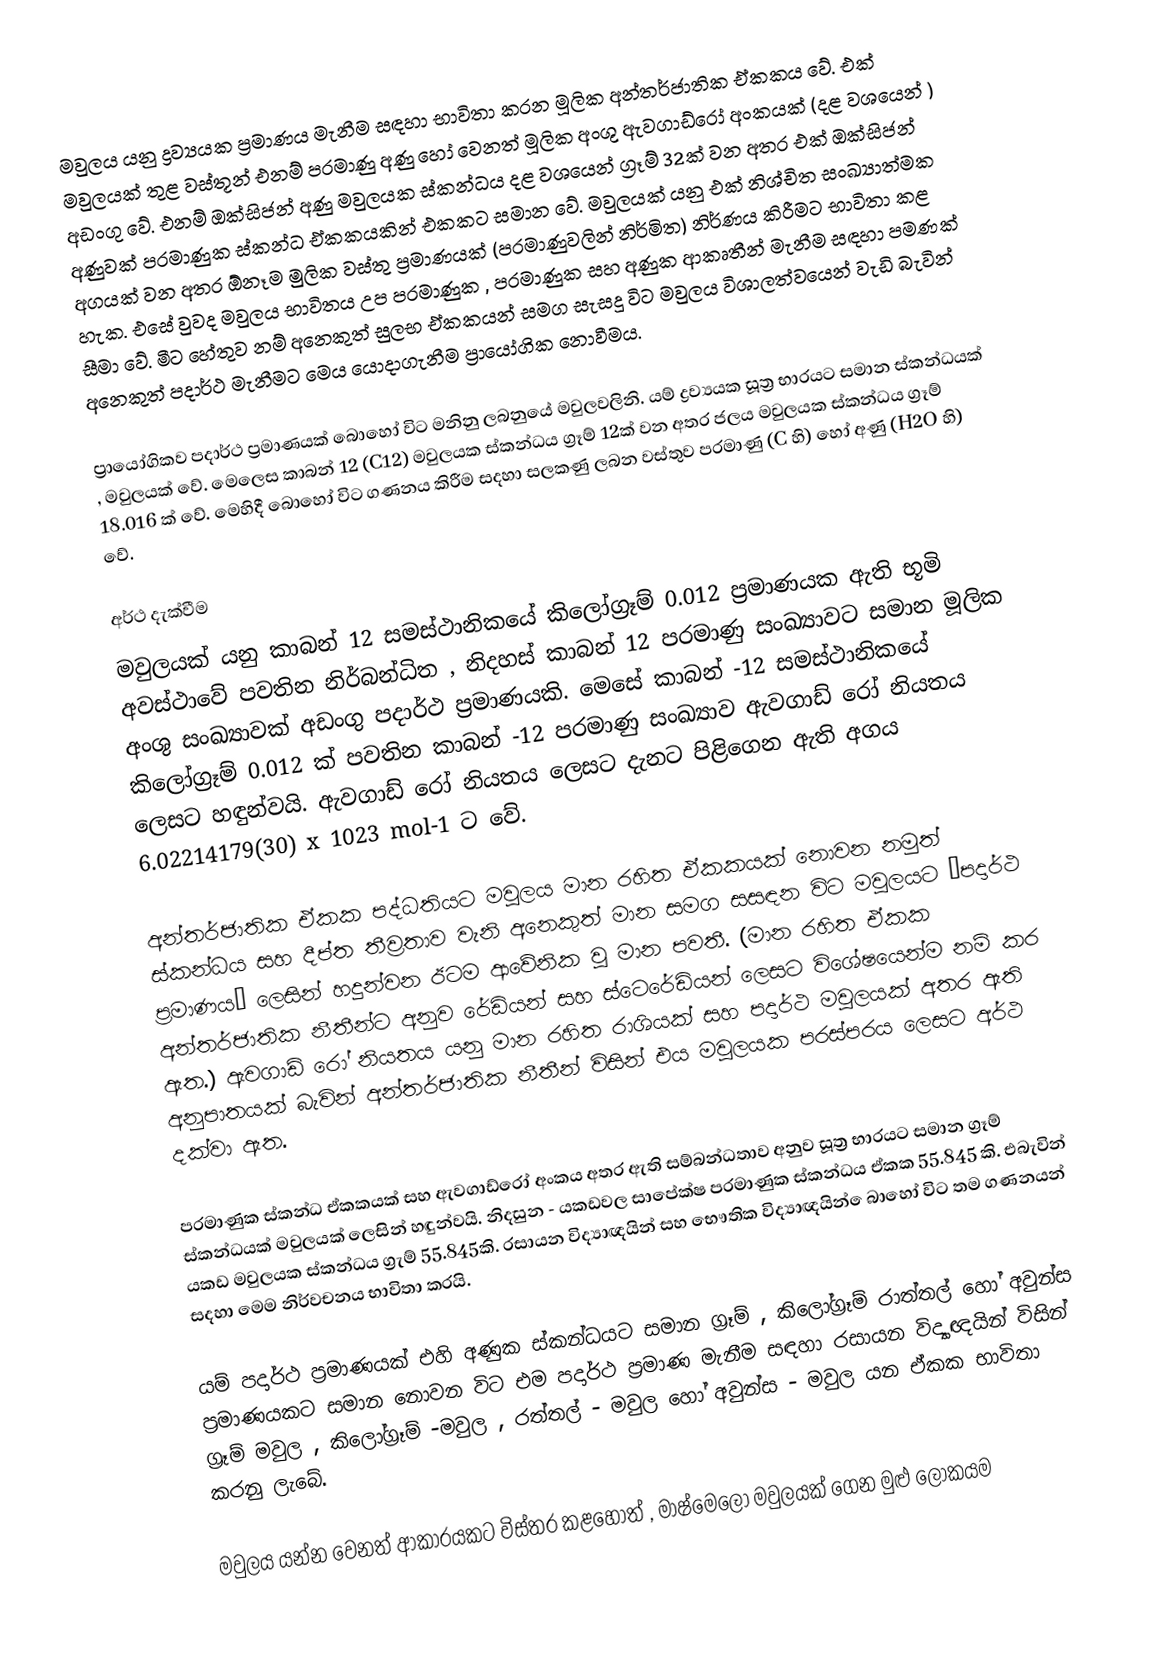
මවුලය යනු ද්‍රව්‍යයක ප්‍රමාණය මැනීම සඳහා භාවිතා කරන මූලික අන්තර්ජාතික ඒකකය වේ. එක් මවුලයක් තුළ වස්තූන් එනම් පරමාණු අණු හෝ වෙනත් මූලික අංශු ඇවගාඩ්රෝ අංකයක් (දළ වශයෙන් ) අඩංගු වේ. එනම් ඔක්සිජන් අණු මවුලයක ස්කන්ධය දළ වශයෙන් ග්‍රෑම් 32ක් වන අතර එක් ඔක්සිජන් අණුවක් පරමාණුක ස්කන්ධ ඒකකයකින් එකකට සමාන වේ. මවුලයක් යනු එක් නිශ්චිත සංඛ්‍යාත්මක අගයක් වන අතර ඕනෑම මුලික වස්තු ප්‍රමාණයක් (පරමාණුවලින් නිර්මිත) නිර්ණය කිරීමට භාවිතා කළ හැක. එසේ වුවද මවුලය භාවිතය උප පරමාණුක , පරමාණුක සහ අණුක ආකෘතීන් මැනීම සඳහා පමණක් සීමා වේ. මීට හේතුව නම් අනෙකුත් සුලභ ඒකකයන් සමග සැසදූ විට මවුලය විශාලත්වයෙන් වැඩි බැවින් අනෙකුත් පදාර්ථ මැනීමට මෙය යොදාගැනීම ප්‍රායෝගික නොවීමය.

ප්‍රායෝගිකව පදාර්ථ ප්‍රමාණයක් බොහෝ විට මනිනු ලබනුයේ මවුලවලිනි. යම් ද්‍රව්‍යයක සූත්‍ර භාරයට සමාන  ස්කන්ධයක් , මවුලයක් වේ. මෙලෙස කාබන් 12 (C12) මවුලයක ස්කන්ධය ග්‍රෑම් 12ක් වන අතර ජලය  මවුලයක ස්කන්ධය ග්‍රෑම් 18.016 ක් වේ. මෙහිදී බොහෝ විට ගණනය කිරීම සදහා සලකණු ලබන වස්තුව පරමාණු (C හි) හෝ අණු (H2O හි) වේ.

අර්ථ දැක්වීම
මවුලයක් යනු කාබන් 12 සමස්ථානිකයේ කිලෝග්‍රෑම් 0.012 ප්‍රමාණයක ඇති භූමි අවස්ථාවේ පවතින නිර්බන්ධිත , නිදහස් කාබන් 12 පරම‍ාණු සංඛ්‍යාවට සමාන මූලික අංශු සංඛ්‍යාවක් අඩංගු පදාර්ථ ප්‍රමාණයකි. මෙසේ කාබන් -12 සමස්ථානිකයේ කිලෝග්‍රෑම් 0.012 ක් පවතින කාබන් -12 පරමාණු සංඛ්‍යාව ඇවගාඩ් රෝ නියතය ලෙසට හඳුන්වයි. ඇවගාඩ් රෝ නියතය ලෙසට දැනට පිළිගෙන ඇති අගය 6.02214179(30) x 1023 mol-1 ට වේ.

අන්තර්ජාතික ඒකක පද්ධතියට මවුලය මාන රහිත ඒකකයක් නොවන නමුත් ස්කන්ධය සහ දීප්ත තීව්‍රතාව වැනි අනෙකුත් මාන සමග සසඳන විට මවුලයට “පදාර්ථ ප්‍රමාණය” ලෙසින් හදුන්වන ඊටම ආවේනික වූ මාන පවතී. (මාන රහිත ඒකක අන්තර්ජාතික නීතීන්ට අනුව රේඩියන් සහ ස්ටෙරේඩියන් ලෙසට විශේෂයෙන්ම නම් කර ඇත.) ඇවගාඩ් රෝ නියතය යනු මාන රහිත රාශියක් සහ පදාර්ථ මවුලයක් අතර ඇති අනුපාතයක් බැවින් අන්තර්ජාතික නීතීන් විසින් එය මවුලයක පරස්පරය ලෙසට අර්ථ දක්වා ඇත.

පරමාණුක ස්කන්ධ ඒකකයක් සහ ඇවගාඩ්රෝ අංකය අතර ඇති සම්බන්ධතාව අනුව සූත්‍ර භාරයට සමාන ග්‍රෑම් ස්කන්ධයක් මවුලයක් ලෙසින් හඳුන්වයි. නිදසුන - යකඩවල සාපේක්ෂ පරමාණුක ස්කන්ධය ඒකක 55.845 කි. එබැවින් යකඩ මවුලයක ස්කන්ධය ග්‍රැම් 55.845කි. රසායන විද්‍යාඥයින් සහ භෞතික විද්‍යාඥයින් ‍ෙ‍බාහෝ විට තම ගණනයන් සදහා මෙම නිර්වචනය භාවිතා කරයි.

යම් පදාර්ථ ප්‍රමාණයක් එහි අණුක ස්කන්ධයට ‍සමාන ග්‍රෑම් , කිලෝග්‍රෑම් රාත්තල්  හෝ අවුන්ස ප්‍රමාණයකට සමාන නොවන විට එම පදාර්ථ ප්‍රමාණ මැනීම සඳහා රසායන විද්‍යාඥයින් විසින් ග්‍රෑම් මවුල , කිලෝග්‍රෑම් -මවුල , රත්තල් - මවුල හෝ අවුන්ස - මවුල යන ඒකක භාවිතා කරනු ලැබේ.

මවුලය යන්න වෙනත් ආකාරයකට විස්තර කළහොත් , මාෂ්මෙලෝ මවුලයක් ගෙන මුළු ලෝකයම